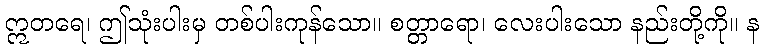
ဣတရေ၊ ဤသုံးပါးမှ တစ်ပါးကုန်သော။ စတ္တာရော၊ လေးပါးသော နည်းတို့ကို။ န